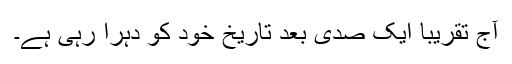
آج تقریباً ایک صدی بعد تاریخ خود کو دُہرا رہی ہے۔